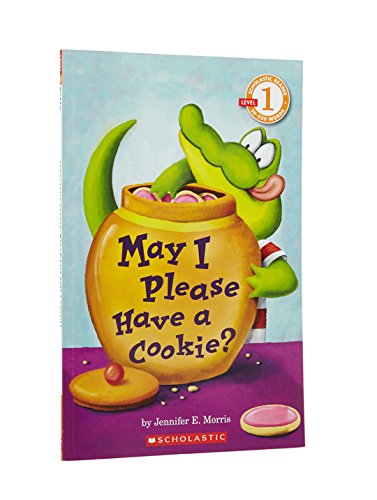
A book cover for May I Please Have a Cookie? (Scholastic Readers, Level 1); Jennifer Morris; Children's Books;